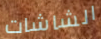
الشاشات